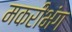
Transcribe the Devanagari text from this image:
मकरीभंग